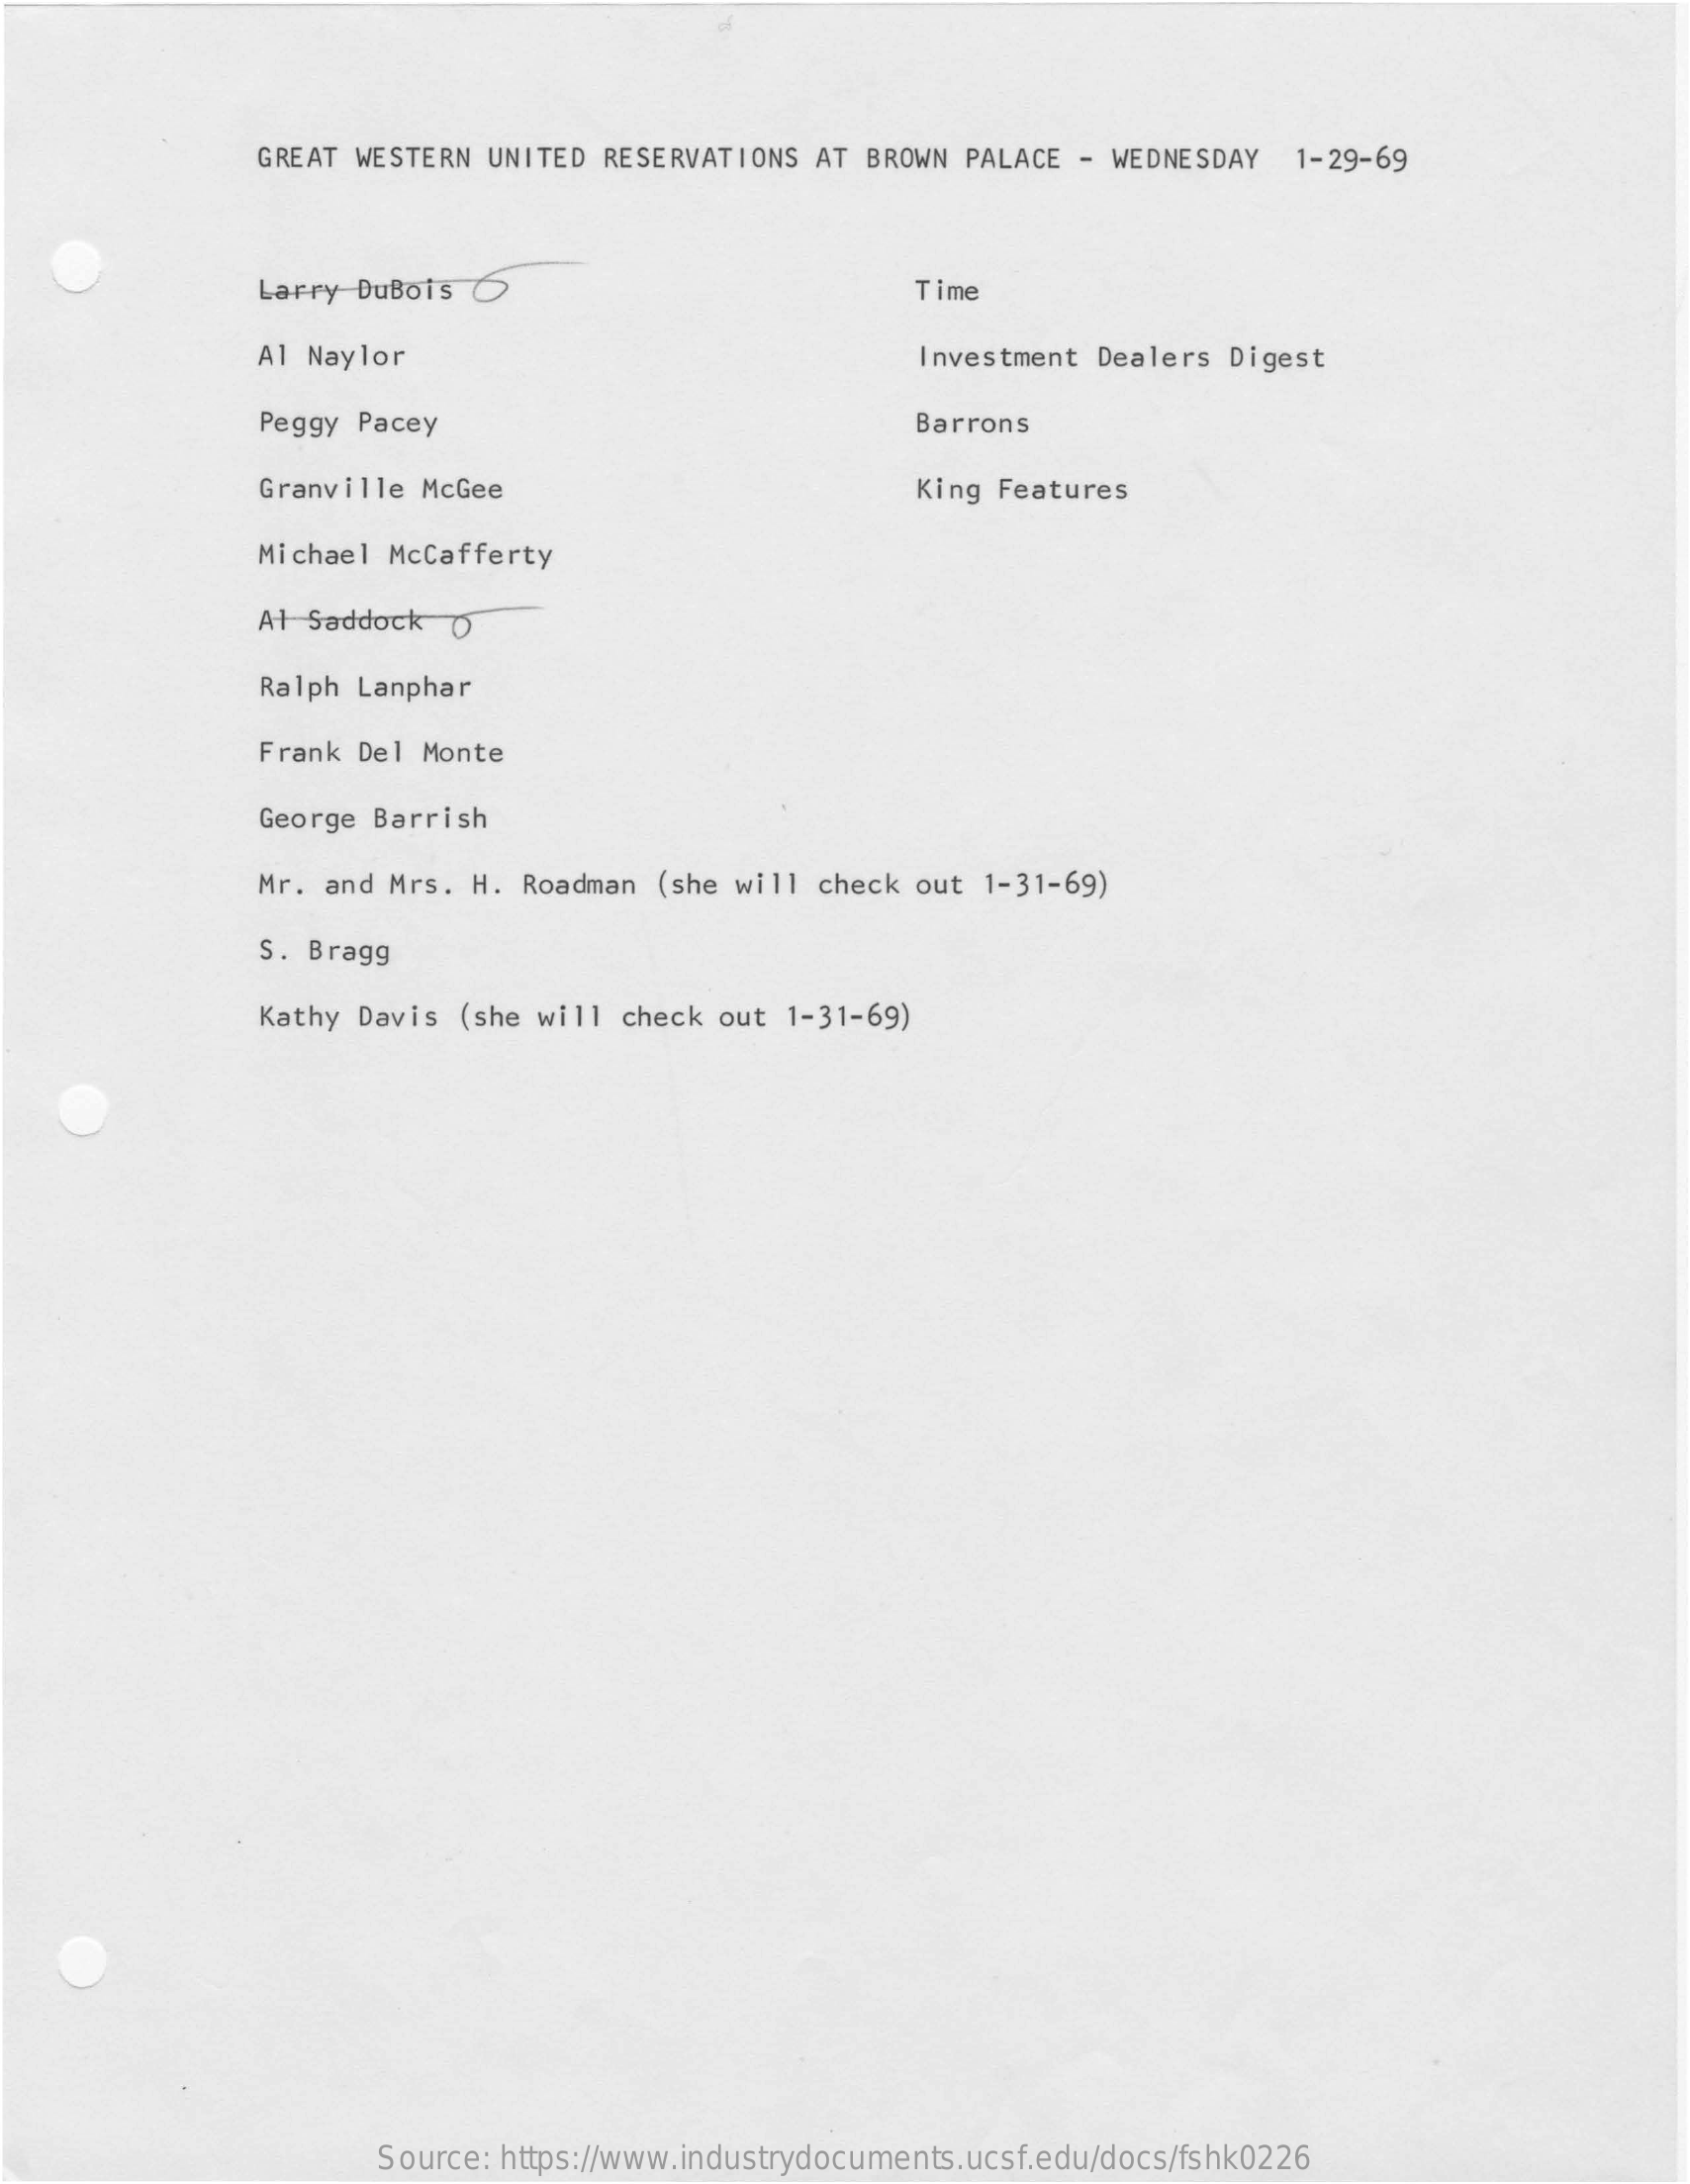
GREAT WESTERN UNITED RESERVATIONS AT BROWN PALACE - WEDNESDAY 1-29-69
     Larry DuBois O    Time
     Al Naylor    Investment Dealers Digest
     Peggy Pacey    Barrons
     Granville McGee    King Features
     Michael McCafferty
     Al Saddock O
     Ralph Lanphar
     Frank Del Monte
     George Barrish
     Mr. and Mrs. H. Roadman (she will check out 1-31-69)
     S. Bragg
     Kathy Davis (she will check out 1-31-69)
     Source: https://www.industrydocuments.ucsf.edu/docs/fshk0226